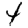
Digit: 4